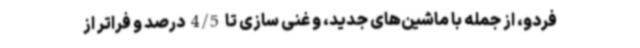
فردو، از جمله با ماشین‌های جدید، و غنی سازی تا 4/5 درصد و فراتر از